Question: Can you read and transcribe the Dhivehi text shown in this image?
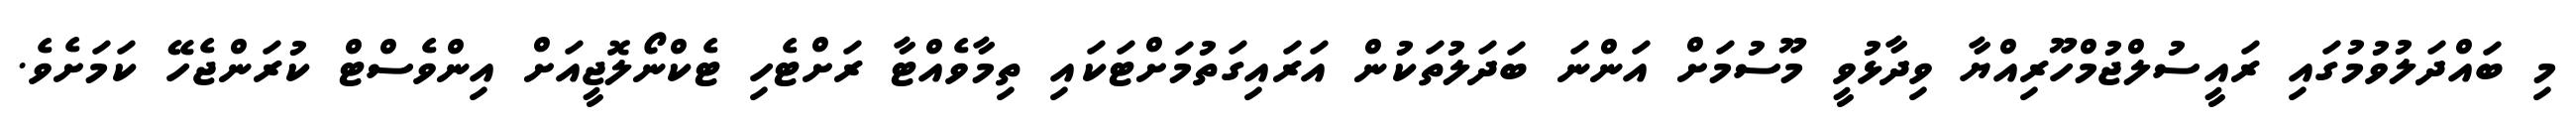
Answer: މި ބައްދަލުވުމުގައި ރައީސުލްޖުމްހޫރިއްޔާ ވިދާޅުވީ މޫސުމަށް އަންނަ ބަދަލުތަކުން އަރައިގަތުމަށްޓަކައި ތިމާވެއްޓާ ރަށްޓެހި ޓެކްނޯލޮޖީއަށް އިންވެސްޓް ކުރަންޖެހޭ ކަމަށެވެ.